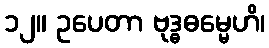
၁၂။ ဥပေတာ ဗုဒ္ဓဓမ္မေဟိ၊